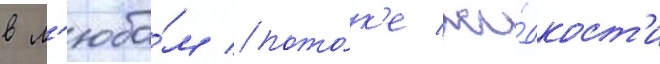
в л'юбо́м пото́к'е жи́дкост'и